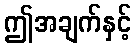
ဤအချက်နှင့်